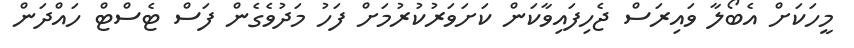
މީހަކަށް އެބޯލާ ވައިރަސް ޖެހިފައިވާކަން ކަށަވަރުކުރުމަށް ފަހު މަދުވެގެން ފަސް ޓެސްޓް ހައްދަން